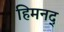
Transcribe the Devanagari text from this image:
हिमनद्